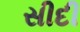
સીદી